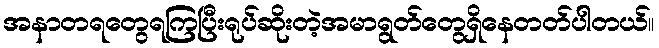
အနာတရတွေရကြပြီးရုပ်ဆိုးတဲ့အမာရွတ်တွေရှိနေတတ်ပါတယ်။